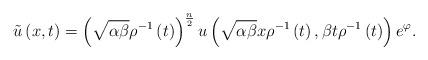
LaTeX: \begin{align*}\tilde{u}\left( x,t\right) =\left( \sqrt{\alpha \beta }\rho ^{-1}\left(t\right) \right) ^{\frac{n}{2}}u\left( \sqrt{\alpha \beta }x\rho ^{-1}\left(t\right) ,\beta t\rho ^{-1}\left( t\right) \right) e^{\varphi }. \end{align*}